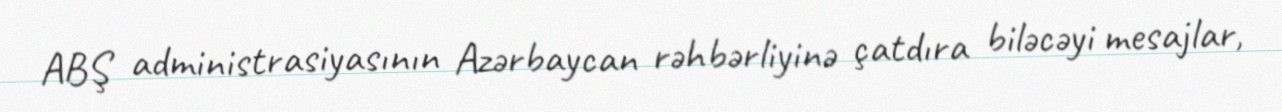
ABŞ administrasiyasının Azərbaycan rəhbərliyinə çatdıra biləcəyi mesajlar,